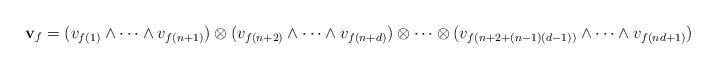
LaTeX: \begin{align*} \mathbf{v}_f = (v_{f(1)}\wedge\cdots\wedge v_{f(n+1)})\otimes (v_{f(n+2)}\wedge\cdots\wedge v_{f(n+d)})\otimes \cdots \otimes (v_{f(n+2+(n-1)(d-1))}\wedge\cdots\wedge v_{f(nd+1)})\end{align*}